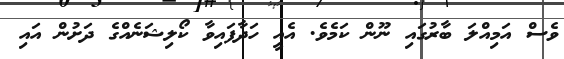
ވެސް އަމިއްލަ ބާރުގައި ނޫން ކަމެވެ. އެއީ ހަދާފައިވާ ކޯލިޝަނެއްގެ ދަށުން އައި